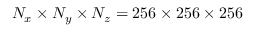
N _ { x } \times N _ { y } \times N _ { z } = 2 5 6 \times 2 5 6 \times 2 5 6